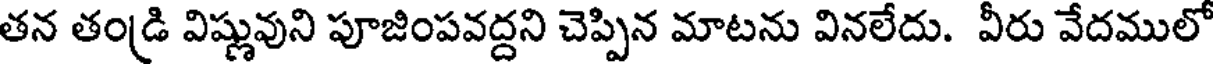
తన తండ్రి విష్ణువుని పూజింపవద్దని చెప్పిన మాటను వినలేదు. వీరు వేదములో